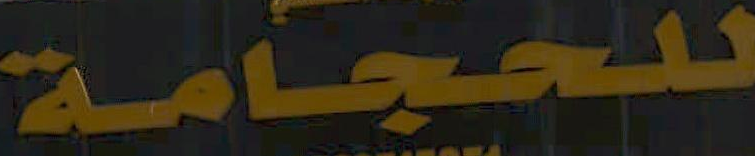
للحجامة